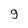
Character: 9